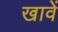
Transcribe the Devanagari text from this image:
खावें